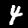
Digit: 4